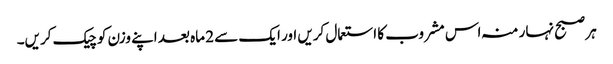
ہر صبح نہار منہ اس مشروب کا استعمال کریں اور ایک سے 2 ماہ بعد اپنے وزن کو چیک کریں۔